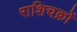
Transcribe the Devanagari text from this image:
राशिचक्रों